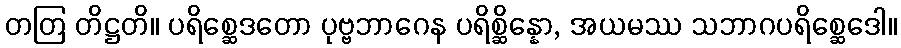
တတြ တိဋ္ဌတိ။ ပရိစ္ဆေဒတော ပုဗ္ဗဘာဂေန ပရိစ္ဆိန္နော, အယမဿ သဘာဂပရိစ္ဆေဒေါ။